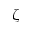
\zeta